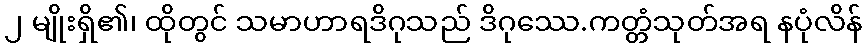
၂ မျိုးရှိ၏၊ ထိုတွင် သမာဟာရဒိဂုသည် ဒိဂုဿေ.ကတ္တံသုတ်အရ နပုံလိန်